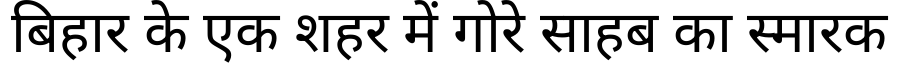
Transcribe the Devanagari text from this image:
बिहार के एक शहर में गोरे साहब का स्मारक